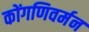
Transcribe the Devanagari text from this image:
कोंगणिवर्मन